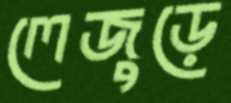
লেজুড়ে